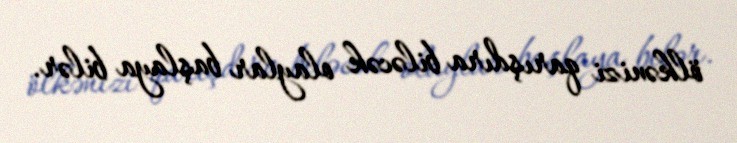
ölkənizi qarışdıra biləcək olaylar başlaya bilər.